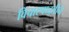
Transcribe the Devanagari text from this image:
विचारपध्द्तीने